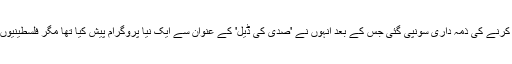
انہیں فلسطینیوں اوراسرائیل کےدرمیان امن سمجھوتے پرمتفق کرنے کی ذمہ داری سونپی گئی جس کے بعد انہوں نے 'صدی کی ڈیل' کے عنوان سے ایک نیا پروگرام پیش کیا تھا مگر فلسطینیوں نے اجتماعی طورپر گرین بیلٹ کا پروگرام مسترد کردیا ہے۔